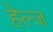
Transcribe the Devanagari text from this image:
हेल्ज